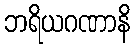
ဘရိယဂဏာနိ